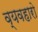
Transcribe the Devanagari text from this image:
व्यवहारो